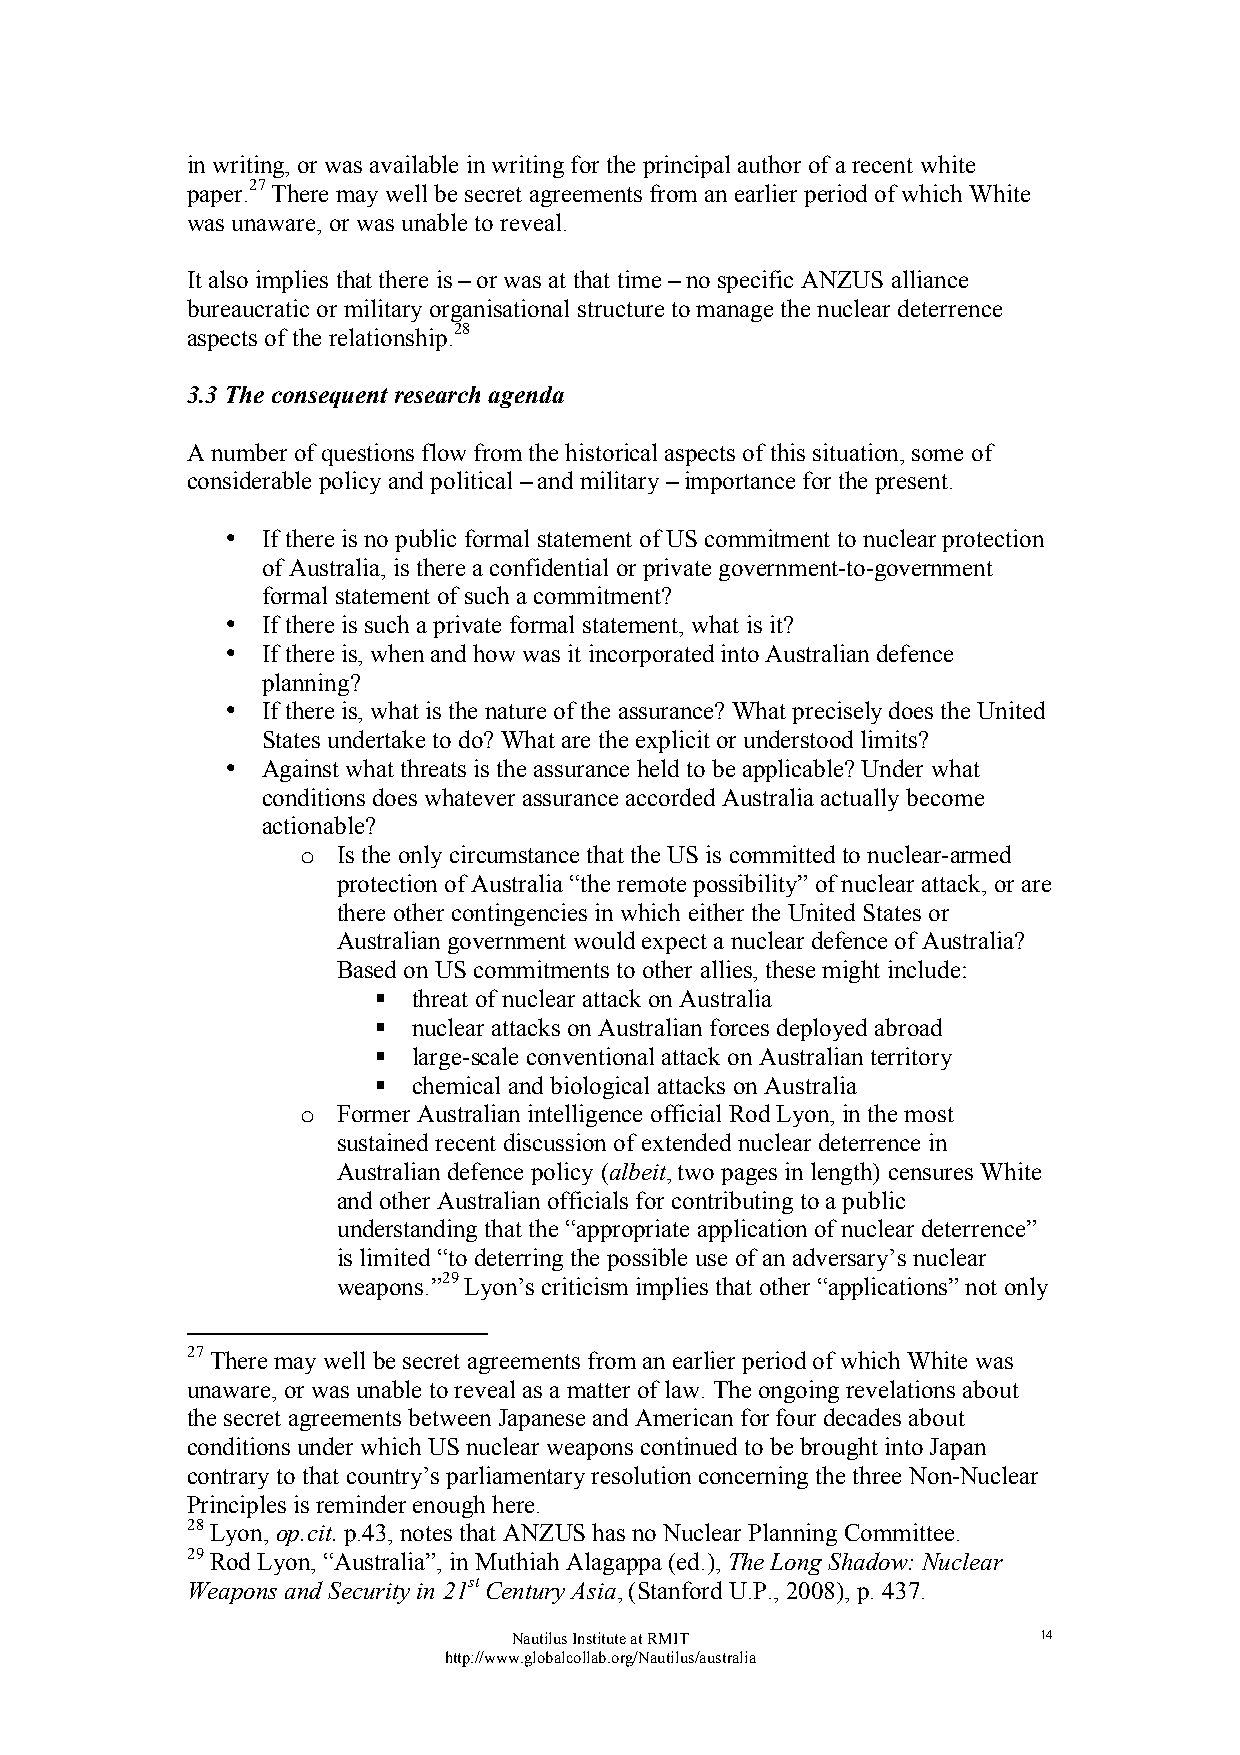
in writing, or was available in writing for the principal author of a recent white
 paper.27 There may well be secret agreements from an earlier period of which White
 was unaware, or was unable to reveal.
 It also implies that there is – or was at that time – no specific ANZUS alliance
 bureaucratic or military organisational structure to manage the nuclear deterrence
 aspects of the relationship.28
 3.3 The consequent research agenda
 A number of questions flow from the historical aspects of this situation, some of
 considerable policy and political – and military – importance for the present.
 • If there is no public formal statement of US commitment to nuclear protection
 of Australia, is there a confidential or private government-to-government
 formal statement of such a commitment?
 • If there is such a private formal statement, what is it?
 • If there is, when and how was it incorporated into Australian defence
 planning?
 • If there is, what is the nature of the assurance? What precisely does the United
 States undertake to do? What are the explicit or understood limits?
 • Against what threats is the assurance held to be applicable? Under what
 conditions does whatever assurance accorded Australia actually become
 actionable?
 o Is the only circumstance that the US is committed to nuclear-armed
 protection of Australia “the remote possibility” of nuclear attack, or are
 there other contingencies in which either the United States or
 Australian government would expect a nuclear defence of Australia?
 Based on US commitments to other allies, these might include:
  threat of nuclear attack on Australia
  nuclear attacks on Australian forces deployed abroad
  large-scale conventional attack on Australian territory
  chemical and biological attacks on Australia
 o Former Australian intelligence official Rod Lyon, in the most
 sustained recent discussion of extended nuclear deterrence in
 Australian defence policy (albeit, two pages in length) censures White
 and other Australian officials for contributing to a public
 understanding that the “appropriate application of nuclear deterrence”
 is limited “to deterring the possible use of an adversary’s nuclear
 weapons.”29 Lyon’s criticism implies that other “applications” not only
 27 There may well be secret agreements from an earlier period of which White was
 unaware, or was unable to reveal as a matter of law. The ongoing revelations about
 the secret agreements between Japanese and American for four decades about
 conditions under which US nuclear weapons continued to be brought into Japan
 contrary to that country’s parliamentary resolution concerning the three Non-Nuclear
 Principles is reminder enough here.
 28 Lyon, op.cit. p.43, notes that ANZUS has no Nuclear Planning Committee.
 29 Rod Lyon, “Australia”, in Muthiah Alagappa (ed.), The Long Shadow: Nuclear
 Weapons and Security in 21st Century Asia, (Stanford U.P., 2008), p. 437.
 Nautilus Institute at RMIT         14
 http://www.globalcollab.org/Nautilus/australia